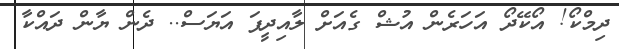
ދިމްކޯ! އޯކޭދޯ އަހަރެން އުޝް ގެއަށް ލާއިދީފަ އަޔަސް.. ދެން ޔާން ދައްކާ